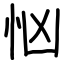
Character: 忷